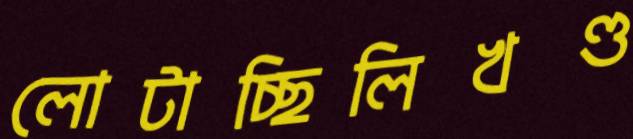
লোটাচ্ছিলিখণ্ড